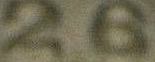
26